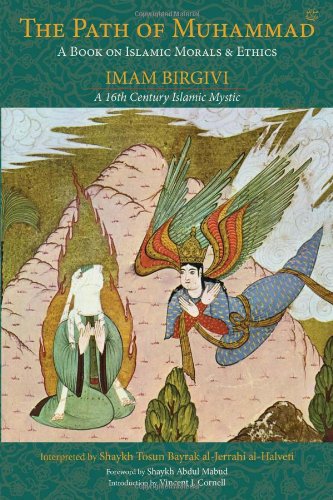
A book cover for The Path of Muhammad: A Book on Islamic Morals & Ethics by Imam Birgivi (Spiritual Classics); Shaykh Tosun Bayrak; Religion & Spirituality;